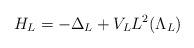
LaTeX: \begin{align*}H_L = -\Delta_L + V_L L^2 (\Lambda_L) \end{align*}